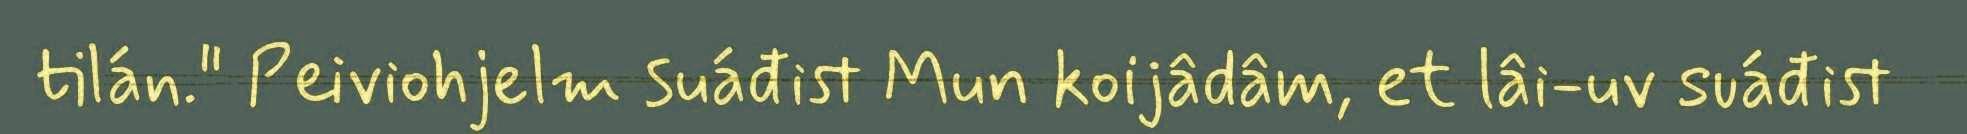
tilán." Peiviohjelm suáđist Mun koijâdâm, et lâi-uv suáđist